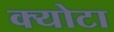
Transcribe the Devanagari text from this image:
क्योटा